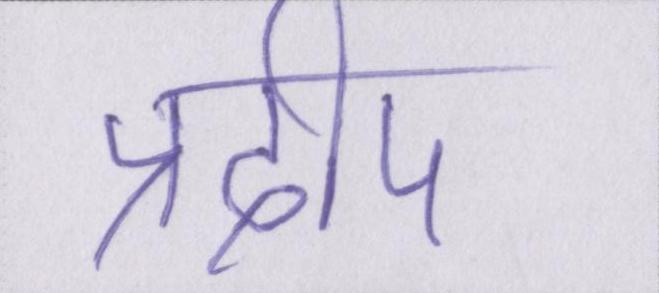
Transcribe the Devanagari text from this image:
प्रदीप